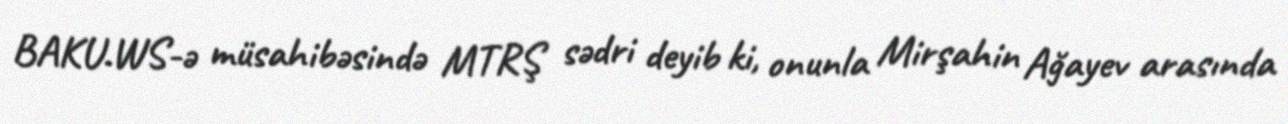
BAKU.WS-ə müsahibəsində MTRŞ sədri deyib ki, onunla Mirşahin Ağayev arasında